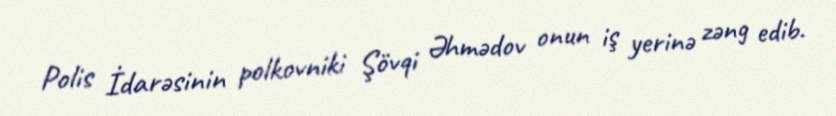
Polis İdarəsinin polkovniki Şövqi Əhmədov onun iş yerinə zəng edib.